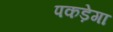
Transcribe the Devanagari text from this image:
पकड़ेगा